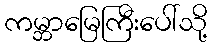
ကမ္ဘာမြေကြီးပေါ်သို့